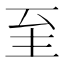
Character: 𦤳